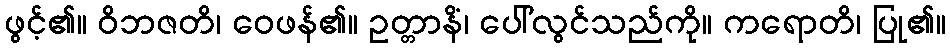
ဖွင့်၏။ ဝိဘဇတိ၊ ဝေဖန်၏။ ဥတ္တာနိံ၊ ပေါ်လွင်သည်ကို။ ကရောတိ၊ ပြု၏။